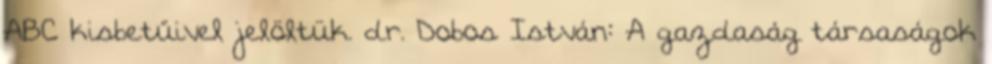
ABC kisbetűivel jelöltük. dr. Dobos István: A gazdaság társaságok